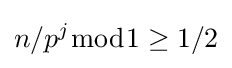
n/p^{j}{\bmod {1}}\geq 1/2